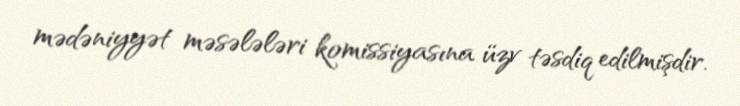
mədəniyyət məsələləri komissiyasına üzv təsdiq edilmişdir.